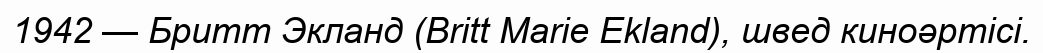
1942 — Бритт Экланд (Britt Marie Ekland), швед киноәртісі.